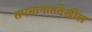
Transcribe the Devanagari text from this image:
तपमानातदेखील